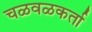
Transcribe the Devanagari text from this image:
चळवळकर्ता